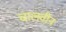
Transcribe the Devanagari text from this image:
चालवीन